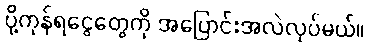
ပို့ကုန်ရငွေတွေကို အပြောင်းအလဲလုပ်မယ်။